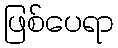
ဖြစ်ပေရာ